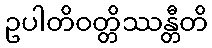
ဥပါတိဝတ္တိဿန္တီတိ